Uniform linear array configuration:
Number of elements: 64
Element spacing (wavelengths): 0.75
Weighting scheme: binomial
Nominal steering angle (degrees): -30
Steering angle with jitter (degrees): -28.961
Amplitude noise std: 0.05
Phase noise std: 0.05

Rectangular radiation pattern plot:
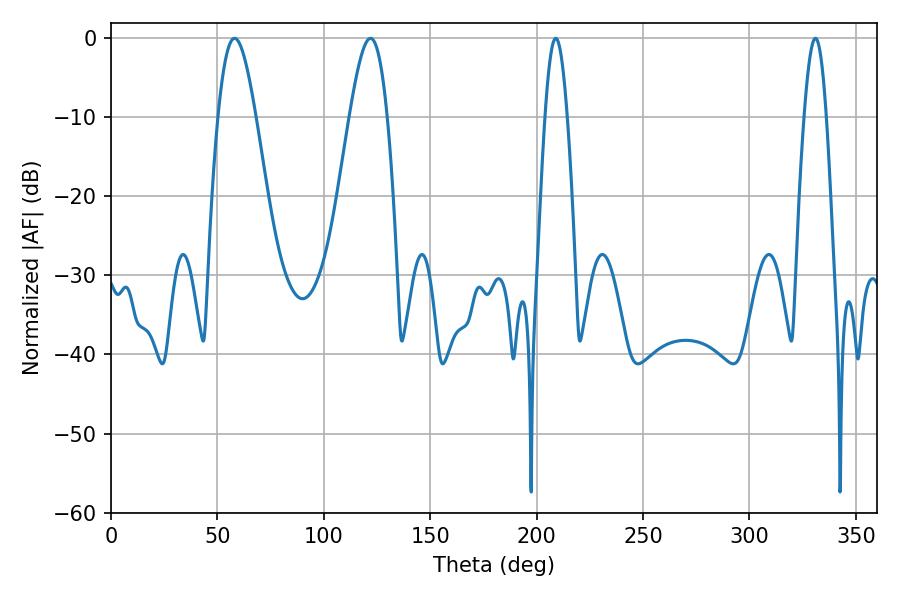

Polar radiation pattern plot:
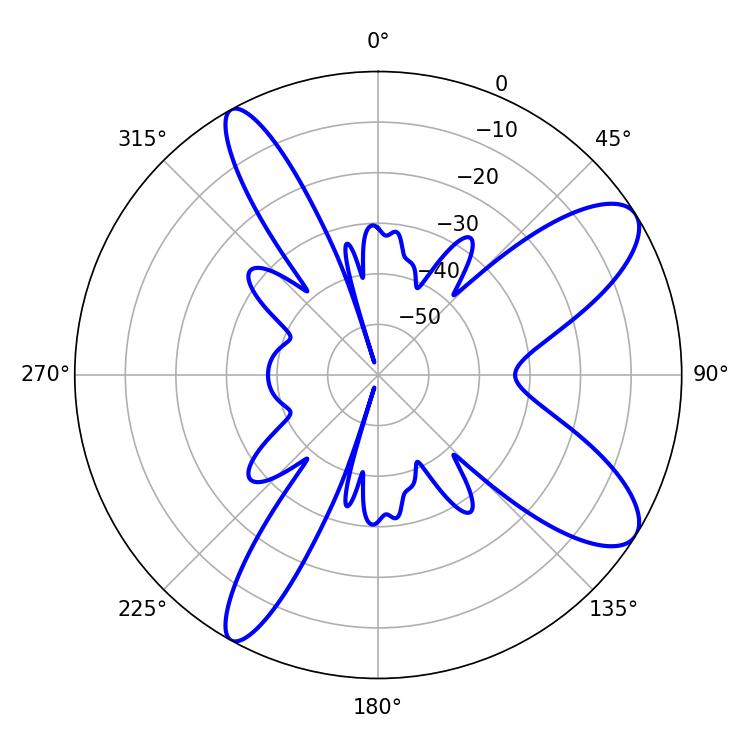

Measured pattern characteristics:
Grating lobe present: TRUE
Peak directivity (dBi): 9.877
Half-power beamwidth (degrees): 5.58
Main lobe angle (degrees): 208.98